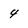
Character: 4